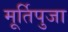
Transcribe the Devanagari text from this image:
मूर्तिपुजा